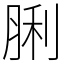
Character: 脷